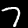
Label: 7